Laimjala_vallavalitsus, lk 36
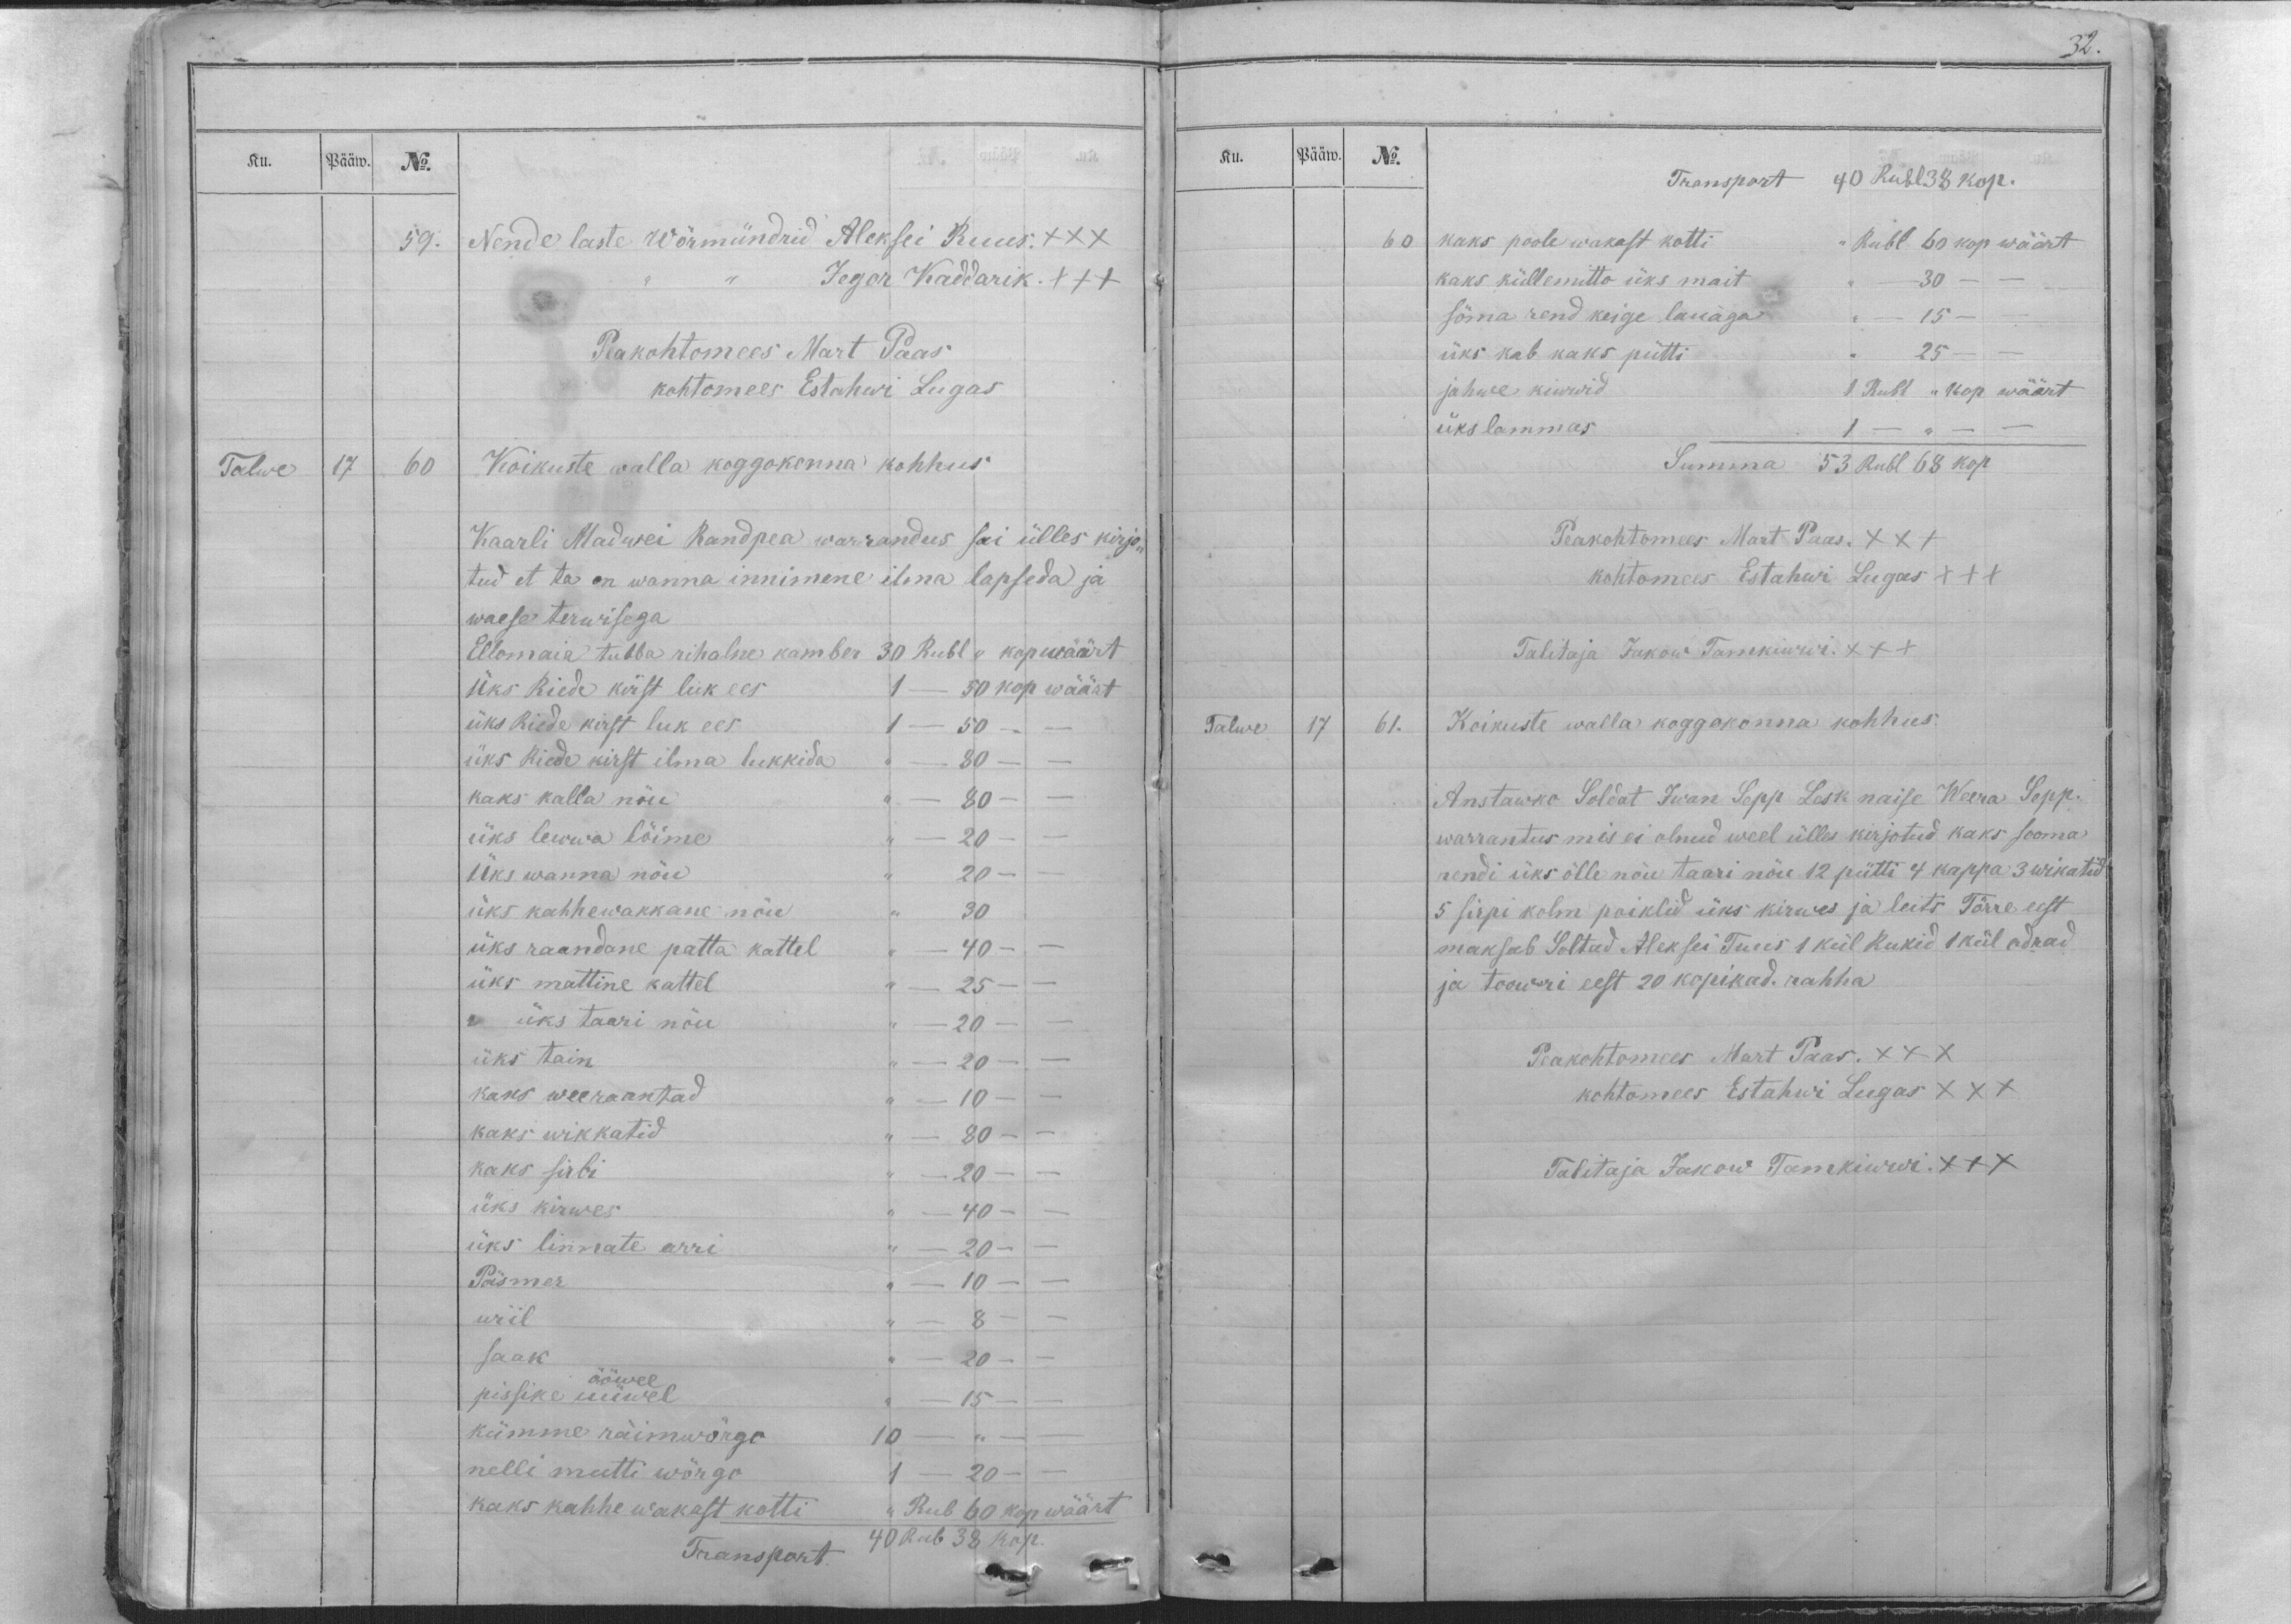
32.

Ku.
Pääw.
No.
59.
Nende laste Wörmündrid Aleksei Ruus. XXX
,, ,, Jegor Kaddarik. XXX
Peakohtomees Mart Paas
kohtomees Estahwi Lugas
Talwe
17
60
Koikuste walla koggokonna kohhus
Kaarli Madwei Randpea warrandus sai ülles kirjo-
tud et ta on wanna innimene ilma lapseda ja
waese terwisega
Ellomaia tubba rihalne kamber 30 Rubl ,,  kop wäärt
üks Riede kirst luk ees 1 - 50 kop wäärt
üks Riete kirst luk ees 1 - 50 - -
üks Riede kirst ilma lukkida ,, - 80 - -
kaks kalla nöu ,, - 80 - -
üks lewwa löime ,, - 20 - -
üks wanna nöu ,, 20 - -
üks kahhewakkane nöu ,, 30
üks raandane patta kattel ,, - 40 - -
üks mattine kattel ,, - 25 - -
üks taari nöu ,, - 20 - -
üks tain ,, -  20 - -
kaks weeraantad ,, -  10 - -
kaks wikkatid ,, -  80 - -
kaks sirbi ,, - 20 - -
üks kirwes ,, - 40 - -
üks linnate arri ,, -  20 - -
Päsmer ,, - 10 - -
wiil ,, - 8 - -
saak ,, -  20 - -
ööwel
pissike üüwel ,, - 15 - -
kümme räimwörgo 10 - ,, - -
nelli mutti wörgo 1 - 20 - -
kaks kahhe wakast kotti ,, Rub 60 kop wäär
Transport 40 Rub 38 kop.

Ku.
Pääw.
No.
Transport 40 Rubl 38 kop.
60
kaks poole wakast kotti ,, Rubl 60 kop wäärt
kaks küllemitto üks mait ,, - 30 - -
söma rend keige lauaga ,, - 15 - -
üks kab kaks pütti ,, 25 - -
jahwe kiwwid 1 Rubl ,, kop wäärt
üks lammas 1 - ,, - -
Summa 53 Rubl 68 kop
Peakohtomees Mart Paas. XXX
kohtomees Estahwi Lugas XXX
Talitaja Jakow Tamkiwwi. XXX
Talwe
17
61.
Koikuste walla koggokonna kohhus.
Anstawko Soldat Iwan Sepp Lesk naise Weera Sepp.
warrantus mis ei olnud weel ülles kirjotud kaks sooma
rendi üks õlle nöu taari nöu 12 pütti 4 kappa 3 wikatid
5 sirpi kolm poiklid üks kirwes ja leits Törre eest
maksab Soltad Aleksei Tuus 1 kül Rukid 1 kül odrad
ja toowri eest 20 kopikad. rahha
Peakohtomees Mart Paas. XXX
kohtomees Estahwi Lugas XXX
Talitaja Jakow Tamkiwwi. XXX